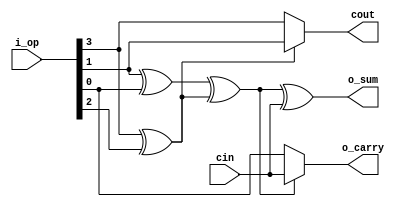
module adder42(o_sum, o_carry, cout, i_op, cin);
    output o_sum;
    output o_carry;
    output cout;
    input [3:0] i_op;
    input cin;

    wire w_xor1, w_xor2, w_xor3;
    wire w_mux1;

    assign w_xor1 = i_op[1] ^ i_op[0];
    assign w_xor2 = i_op[3] ^ i_op[2];
    assign w_xor3 = w_xor1 ^ w_xor2;

    assign cout = w_xor2 ? i_op[1] : i_op[3];
    assign o_sum = w_xor3 ^ cin;
    assign o_carry = w_xor3 ? cin : i_op[0];

endmodule

module adder32c(o_sum, o_carry, cout, i_op, cin);
    output o_sum, o_carry;
    output cout;
    input [2:0] i_op;
    input cin;

    wire s1, s2;

    assign s1 = i_op[1] ^ i_op[0];
    assign s2 = i_op[2] ^ s1; 
    
    assign cout = (i_op[1] & i_op[0]) | (s1 & i_op[2]);
    assign o_sum = s2 ^ cin;
    assign o_carry = s2 & cin;
    
endmodule

module halfadder(o_sum, o_carry, i_op);
    output o_sum, o_carry;
    input [1:0] i_op;

    assign o_sum = i_op[1] ^ i_op[0];
    assign o_carry = i_op[1] & i_op[0];

endmodule

module bitMatrixGen(o0, o1, o2, o3, x, y);
    output [23:0] o0, o1, o2, o3;
    input [23:0] x;
    input [3:0] y;

    assign o0 = {{~{x[23] & y[0]}}, {{23{y[0]}} & x[22:0]}};
    assign o1 = {{~{x[23] & y[1]}}, {{23{y[1]}} & x[22:0]}};
    assign o2 = {{~{x[23] & y[2]}}, {{23{y[2]}} & x[22:0]}};
    assign o3 = {{~{~x[23] & y[3]}}, {{23{y[3]}} & ~x[22:0]}};
    
endmodule